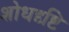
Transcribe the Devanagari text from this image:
शोधदृष्टि